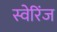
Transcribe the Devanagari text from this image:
स्वेरिंज